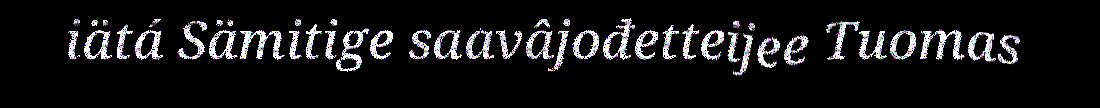
iätá Sämitige saavâjođetteijee Tuomas